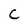
Character: C